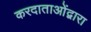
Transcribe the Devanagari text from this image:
करदाताओंद्वारा